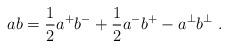
LaTeX: \begin{align*}ab=\frac{1}{2}a^+b^- + \frac{1}{2}a^-b^+ - a^\perp b^\perp \; .\end{align*}